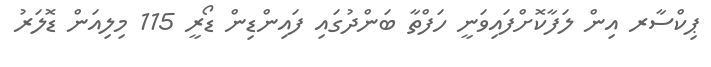
ޕިކްސާރ އިން ލަފާކޮށްފައިވަނީ ހަފްތާ ބަންދުގައި ފައިންޑިން ޑޯރީ 115 މިލިއަން ޑޮލަރު